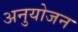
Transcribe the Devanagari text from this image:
अनुयोजन